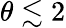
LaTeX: \theta\lesssim 2